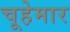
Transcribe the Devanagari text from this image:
चूहेमार